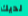
لديك